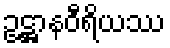
ဥဋ္ဌာနဝီရိယဿ